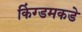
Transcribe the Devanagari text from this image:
किंग्डमकडे